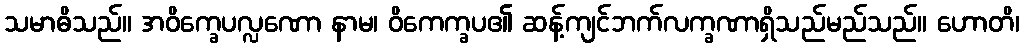
သမာဓိသည်။ အဝိက္ခေပလ္လဏော နာမ၊ ဝိကေက္ခပ၏ ဆန့်ကျင်ဘက်လက္ခဏာရှိသည်မည်သည်။ ဟောတိ၊